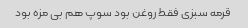
قرمه سبزی فقط روغن بود سوپ هم بی مزه بود